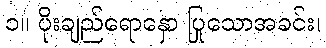
၁။ ပိုးချည်ရောနှော ပြုသောအခင်း၊